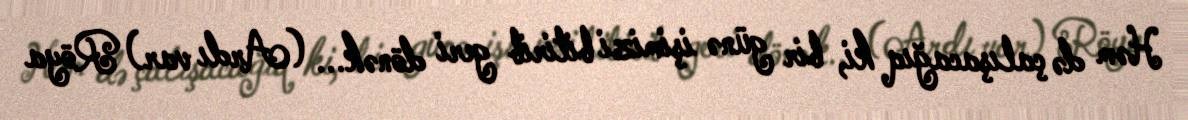
Həm də çalışacağıq ki, bir günə işimizi bitirib geri dönək... (Ardı var) Röya